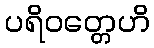
ပရိဝတ္တေဟိ